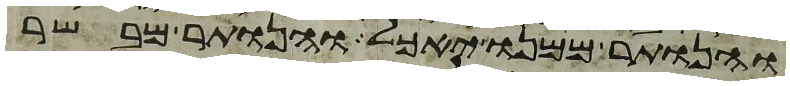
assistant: והנותר ממנו יאכל והנותר מבשר